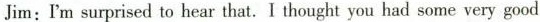
Jim: I'm surprised to hear that. I thought you had some very good